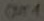
Text: OUT1